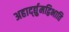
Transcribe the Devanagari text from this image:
अहार्द्द्युमद्विभाति